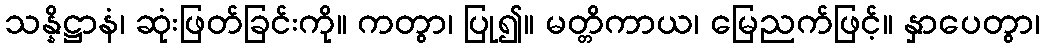
သန္နိဋ္ဌာနံ၊ ဆုံးဖြတ်ခြင်းကို။ ကတွာ၊ ပြု၍။ မတ္တိကာယ၊ မြေညက်ဖြင့်။ နှာပေတွာ၊